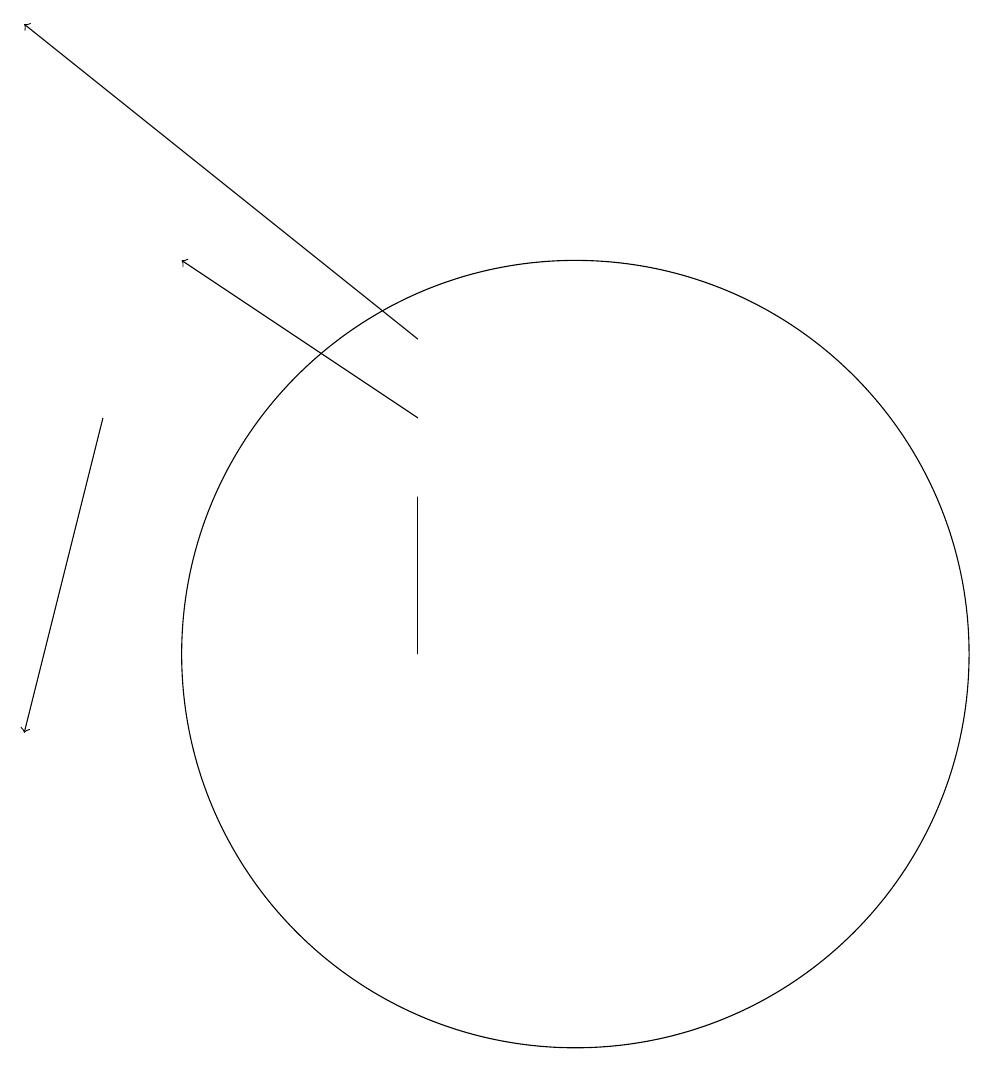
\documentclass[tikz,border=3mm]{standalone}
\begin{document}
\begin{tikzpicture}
\draw (10,11) circle (5);
\draw (8,13) rectangle (8,11);
\draw[->] (8,14) -- (5,16);
\draw[->] (4,14) -- (3,10);
\draw[->] (8,15) -- (3,19);
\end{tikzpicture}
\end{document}